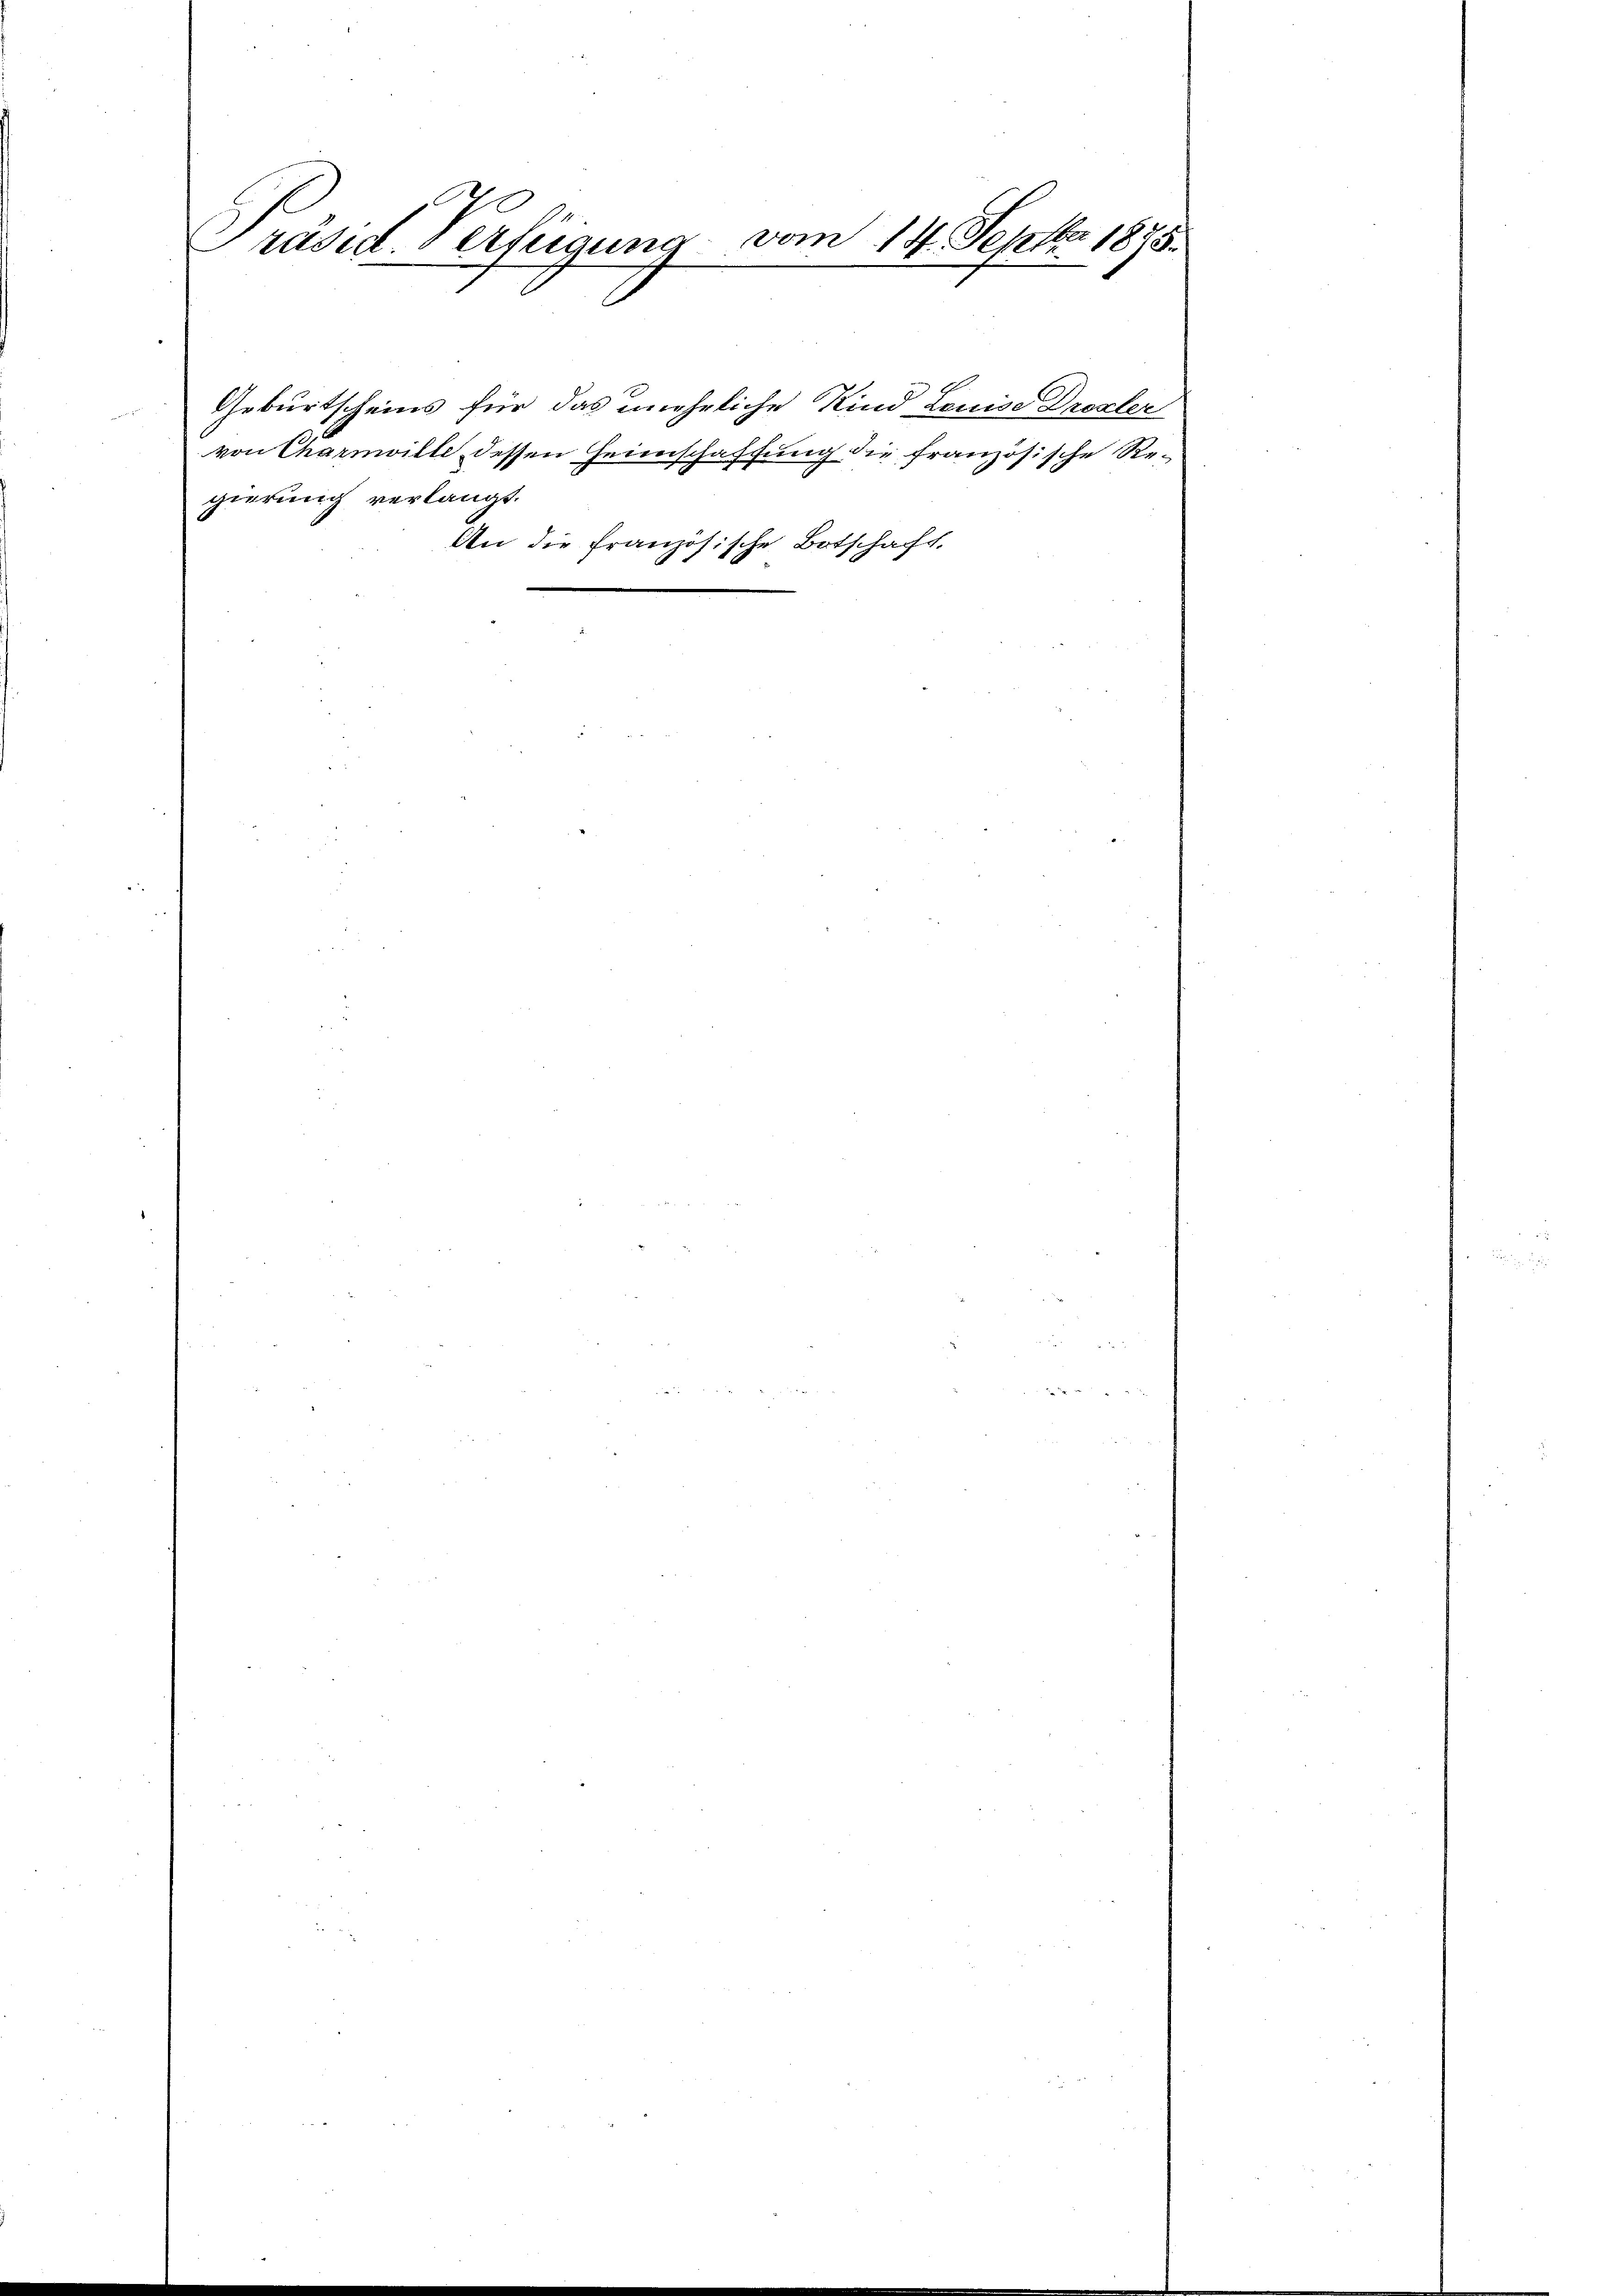
Präsid. Verfügung vom 14. Sept. 1875.

Geburtscheins für das uneheliche Kind Louise Drexler
von Charmille dessen Heimschaffung die französische Regierung verlangt.
An die Französische Botschacht.